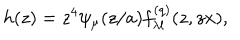
h ( z ) = z ^ { 4 } \psi _ { \mu } ( z / a ) f _ { \lambda l } ^ { ( q ) } ( z , z x ) ,